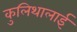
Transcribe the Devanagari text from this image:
कुलिथालाई